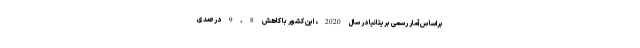
براساس آمار رسمی بریتانیا در سال 2020، این کشور با کاهش 9.8 درصدی